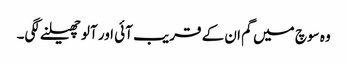
وہ سوچ میں گم ان کے قریب آئی اور آلو چھیلنے لگی۔